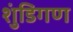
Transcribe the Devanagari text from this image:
शुंडिगण